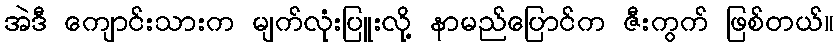
အဲဒီ ကျောင်းသားက မျက်လုံးပြူးလို့ နာမည်ပြောင်က ဇီးကွက် ဖြစ်တယ်။